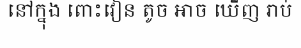
នៅក្នុង ពោះវៀន តូច អាច ឃើញ រាប់